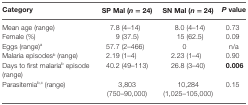
<table><thead><tr><td><b>Category</b></td><td><b>SP Mal (<i>n</i> = 24)</b></td><td><b>SN Mal (<i>n</i> = 24)</b></td><td><b><i>P</i> value</b></td></tr></thead><tbody><tr><td>Mean age (range)</td><td>7.8 (4–14)</td><td>8.0 (4–14)</td><td>0.73</td></tr><tr><td>Female (%)</td><td>9 (37.5)</td><td>15 (62.5)</td><td>0.09</td></tr><tr><td>Eggs (range)<sup>a</sup></td><td>57.7 (2–466)</td><td>0</td><td>n/a</td></tr><tr><td>Malaria episodes<sup>b</sup> (range)</td><td>2.19 (1–4)</td><td>2.23 (1–4)</td><td>0.90</td></tr><tr><td>Days to first malaria<sup>b</sup> episode (range)</td><td>40.2 (49–113)</td><td>26.8 (3–40)</td><td><b>0.006</b></td></tr><tr><td>Parasitemia<sup>b</sup><sup>,</sup><sup>c</sup> (range)</td><td>3,803 (750–90,000)</td><td>10,284 (1,025–105,000)</td><td>0.15</td></tr></tbody></table>